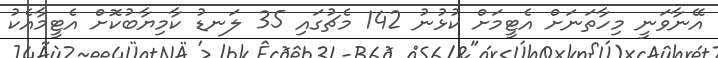
އޭނާވަނީ މިހާތަނަށް އެޓީމަށް ކުޅުނު 142 މެޗުގައި 35 ލަނޑު ކާމިޔާބުކޮށް އެޓީމާއެކު